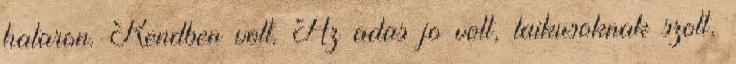
hataron. Rendben volt. Az adas jo volt, laikusoknak szolt,